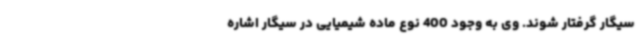
سیگار گرفتار شوند. وی به وجود 400 نوع ماده شیمیایی در سیگار اشاره